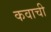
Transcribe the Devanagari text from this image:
कवाची